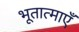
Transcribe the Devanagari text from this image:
भूतात्माएँ